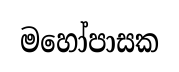
මහෝපාසක